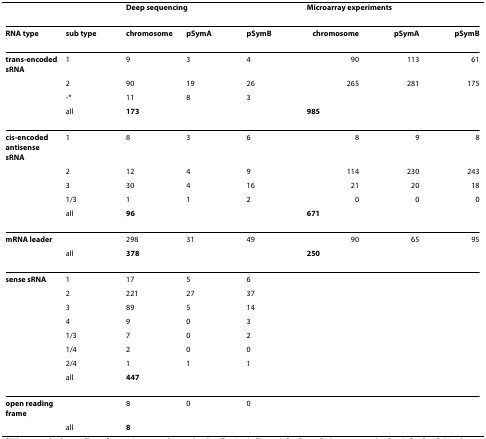
<table><thead><tr><td></td><td></td><td colspan="3"><b>Deep sequencing</b></td><td colspan="3"><b>Microarray experiments</b></td></tr></thead><tbody><tr><td><b>RNA type</b></td><td><b>sub type</b></td><td><b>chromosome</b></td><td><b>pSymA</b></td><td><b>pSymB</b></td><td><b>chromosome</b></td><td><b>pSymA</b></td><td><b>pSymB</b></td></tr><tr><td><b>trans-encoded sRNA</b></td><td>1</td><td>9</td><td>3</td><td>4</td><td>90</td><td>113</td><td>61</td></tr><tr><td></td><td>2</td><td>90</td><td>19</td><td>26</td><td>265</td><td>281</td><td>175</td></tr><tr><td></td><td>-*</td><td>11</td><td>8</td><td>3</td><td></td><td></td><td></td></tr><tr><td></td><td>all</td><td colspan="3"><b>173</b></td><td colspan="3"><b>985</b></td></tr><tr><td><b>cis-encoded antisense sRNA</b></td><td>1</td><td>8</td><td>3</td><td>6</td><td>8</td><td>9</td><td>8</td></tr><tr><td></td><td>2</td><td>12</td><td>4</td><td>9</td><td>114</td><td>230</td><td>243</td></tr><tr><td></td><td>3</td><td>30</td><td>4</td><td>16</td><td>21</td><td>20</td><td>18</td></tr><tr><td></td><td>1/3</td><td>1</td><td>1</td><td>2</td><td>0</td><td>0</td><td>0</td></tr><tr><td></td><td>all</td><td colspan="3"><b>96</b></td><td colspan="3"><b>671</b></td></tr><tr><td><b>mRNA leader</b></td><td></td><td>298</td><td>31</td><td>49</td><td>90</td><td>65</td><td>95</td></tr><tr><td></td><td>all</td><td colspan="3"><b>378</b></td><td colspan="3"><b>250</b></td></tr><tr><td><b>sense sRNA</b></td><td>1</td><td>17</td><td>5</td><td>6</td><td></td><td></td><td></td></tr><tr><td></td><td>2</td><td>221</td><td>27</td><td>37</td><td></td><td></td><td></td></tr><tr><td></td><td>3</td><td>89</td><td>5</td><td>14</td><td></td><td></td><td></td></tr><tr><td></td><td>4</td><td>9</td><td>0</td><td>3</td><td></td><td></td><td></td></tr><tr><td></td><td>1/3</td><td>7</td><td>0</td><td>2</td><td></td><td></td><td></td></tr><tr><td></td><td>1/4</td><td>2</td><td>0</td><td>0</td><td></td><td></td><td></td></tr><tr><td></td><td>2/4</td><td>1</td><td>1</td><td>1</td><td></td><td></td><td></td></tr><tr><td></td><td>all</td><td colspan="3"><b>447</b></td><td></td><td></td><td></td></tr><tr><td><b>open reading frame</b></td><td></td><td>8</td><td>0</td><td>0</td><td></td><td></td><td></td></tr><tr><td></td><td>all</td><td colspan="3"><b>8</b></td><td></td><td></td><td></td></tr></tbody></table>